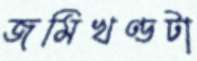
জমিখণ্ডটা